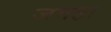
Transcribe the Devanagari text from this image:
जगहा